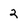
Character: 2